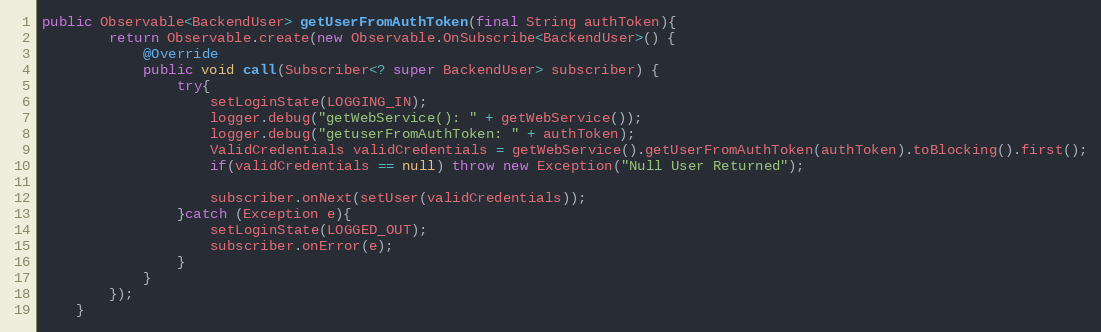
Language: Java
public Observable<BackendUser> getUserFromAuthToken(final String authToken){
        return Observable.create(new Observable.OnSubscribe<BackendUser>() {
            @Override
            public void call(Subscriber<? super BackendUser> subscriber) {
                try{
                    setLoginState(LOGGING_IN);
                    logger.debug("getWebService(): " + getWebService());
                    logger.debug("getuserFromAuthToken: " + authToken);
                    ValidCredentials validCredentials = getWebService().getUserFromAuthToken(authToken).toBlocking().first();
                    if(validCredentials == null) throw new Exception("Null User Returned");

                    subscriber.onNext(setUser(validCredentials));
                }catch (Exception e){
                    setLoginState(LOGGED_OUT);
                    subscriber.onError(e);
                }
            }
        });
    }